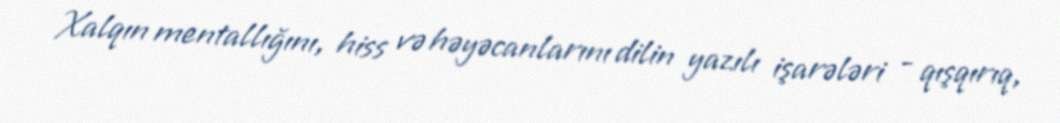
Xalqın mentallığını, hiss və həyəcanlarını dilin yazılı işarələri - qışqırıq,